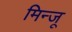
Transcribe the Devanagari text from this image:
मिन्जू